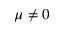
\mu \neq 0